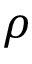
\rho